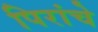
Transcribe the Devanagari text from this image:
पिरांचे